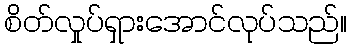
စိတ်လှုပ်ရှားအောင်လုပ်သည်။